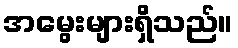
အမွေးများရှိသည်။